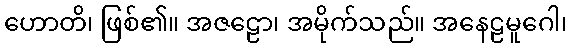
ဟောတိ၊ ဖြစ်၏။ အဇဠော၊ အမိုက်သည်။ အနေဠမူဂေါ၊